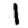
Digit: 1